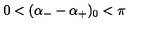
0 < ( \alpha _ { - } - \alpha _ { + } ) _ { 0 } < \pi \,